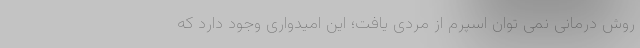
روش درمانی نمی توان اسپرم از مردی یافت؛ این امیدواری وجود دارد که